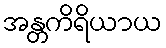
အန္တကိရိယာယ